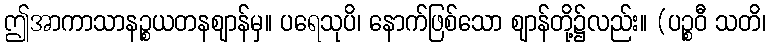
ဤအာကာသာနဉ္စယတနဈာန်မှ။ ပရေသုပိ၊ နောက်ဖြစ်သော ဈာန်တို့၌လည်း။ (ပဉ္စဝီ သတိ၊